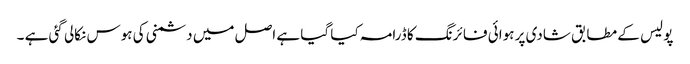
پو لیس کے مطابق شادی پر ہوائی فا ئرنگ کا ڈرامہ کیا گیا ہے اصل میں دشمنی کی ہوس نکالی گئی ہے ۔